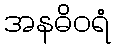
အနဓိဝရံ